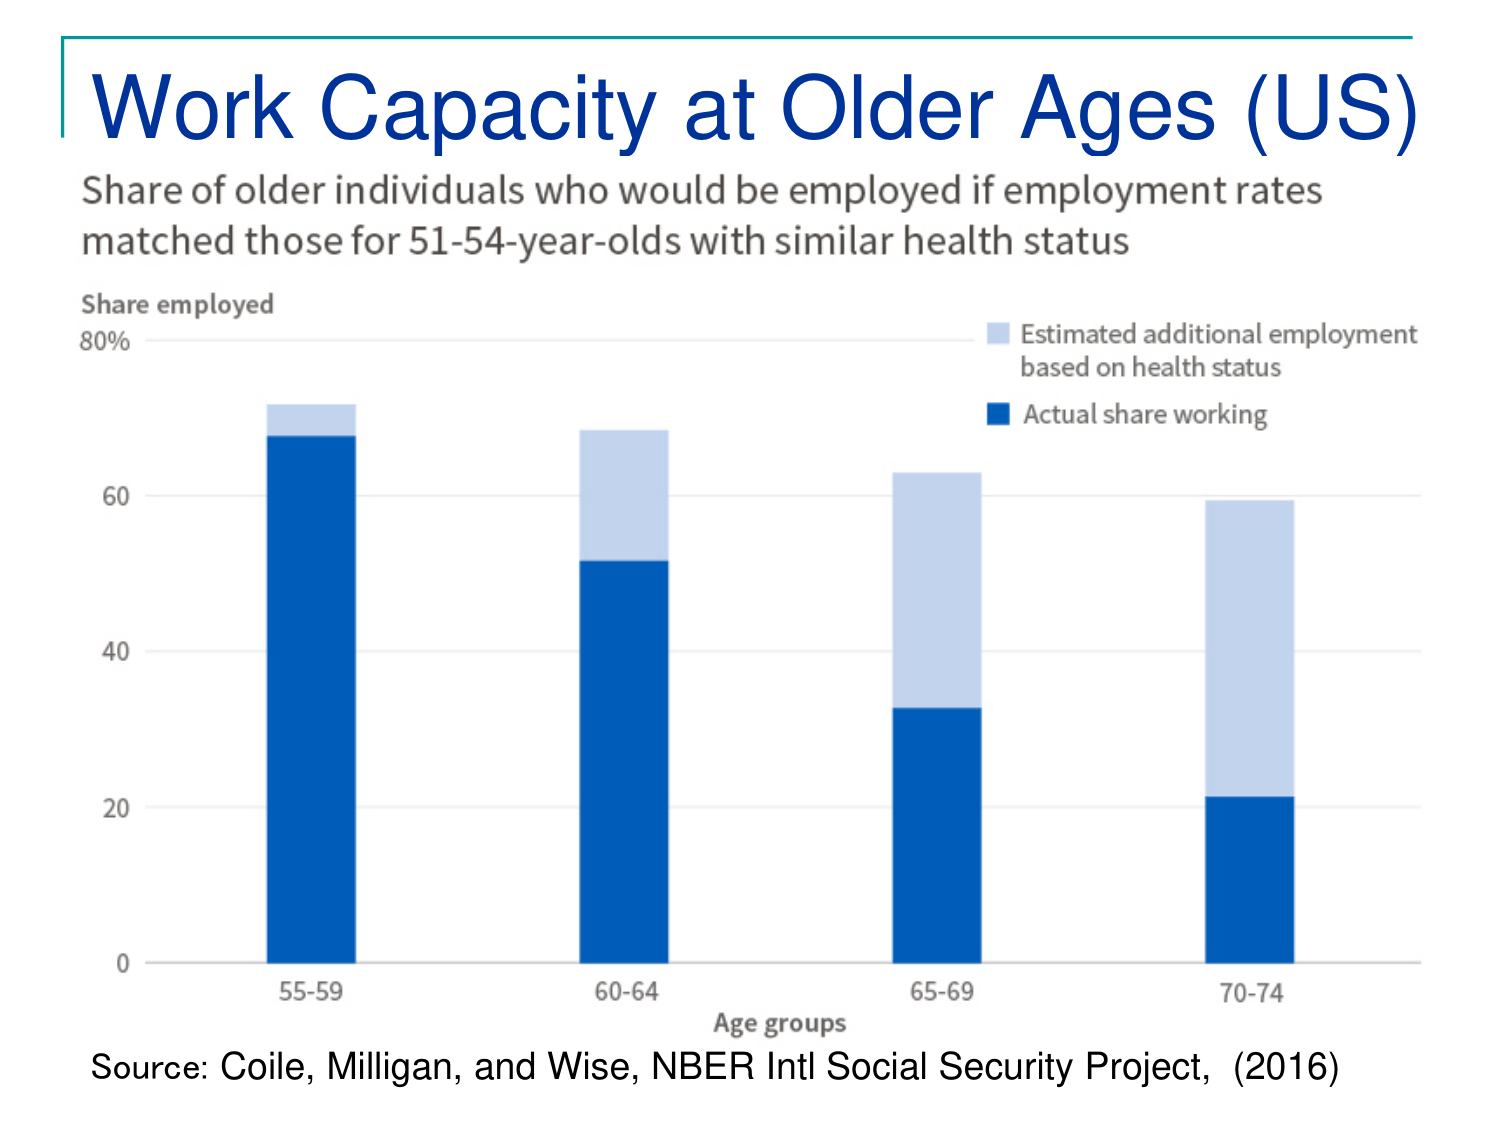
Work Capacity at Older Ages (US)
Share of older individuals who would be employed if employment rates matched those for 51-54-year-olds with similar health status
Share employed
80%
Estimated additional employment based on health status
Actual share working
60
40
20
0
55-59
60-64
65-69
70-74
Age groups
Source: Coile, Milligan, and Wise, NBER Intl Social Security Project, (2016)